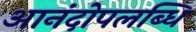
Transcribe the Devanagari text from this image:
आनंदोपलब्धि